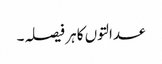
عدالتوں کا ہر فیصلہ۔